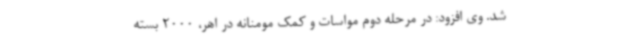
شد. وی افزود: در مرحله دوم مواسات و کمک مومنانه در اهر، 2000 بسته